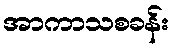
အာကာသစခန်း